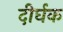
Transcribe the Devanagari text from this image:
दीर्घक